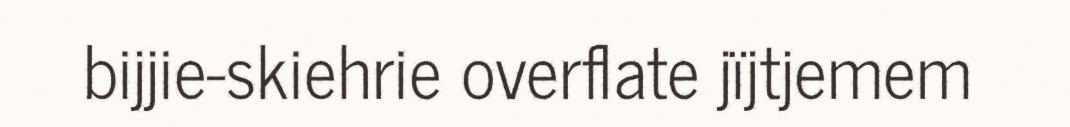
bijjie-skiehrie overflate jïjtjemem